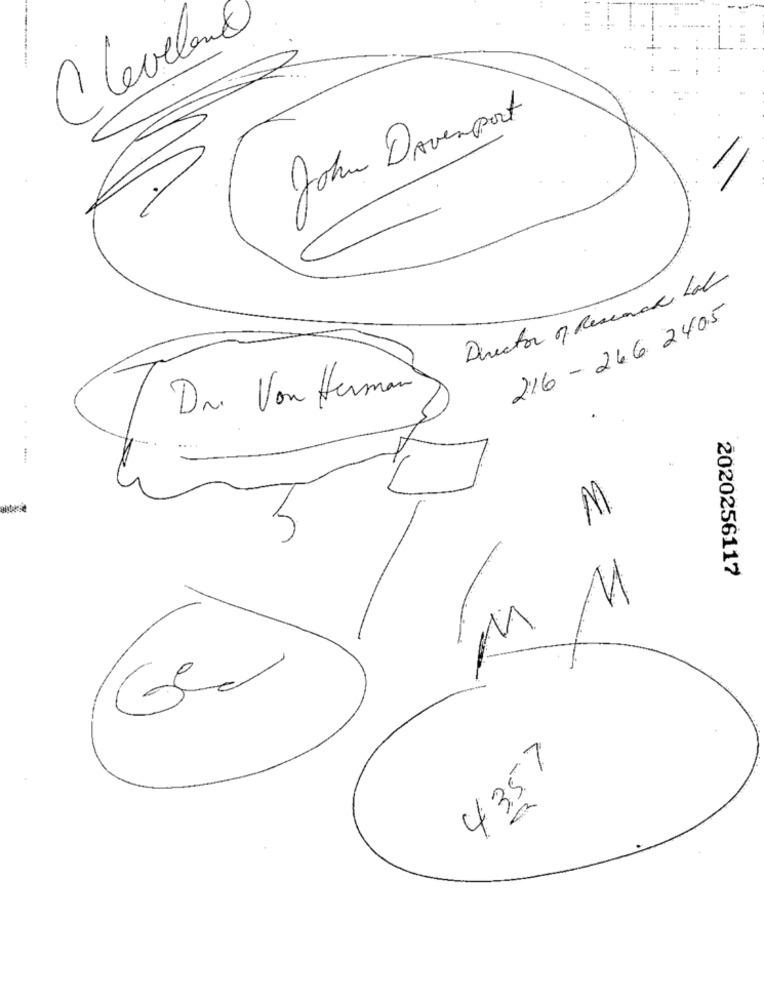
Cleveland
John Davenport
Director of Research Lab
216 - 246 240.5
Dr. Von Herman
M
2020256117
5
IM
43.5.7